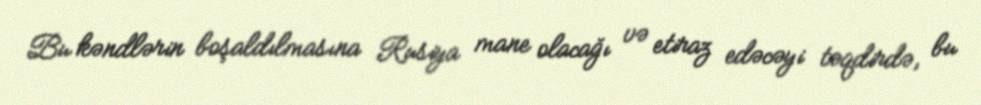
Bu kəndlərin boşaldılmasına Rusiya mane olacağı və etiraz edəcəyi təqdirdə, bu